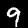
Label: 9